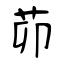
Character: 茆